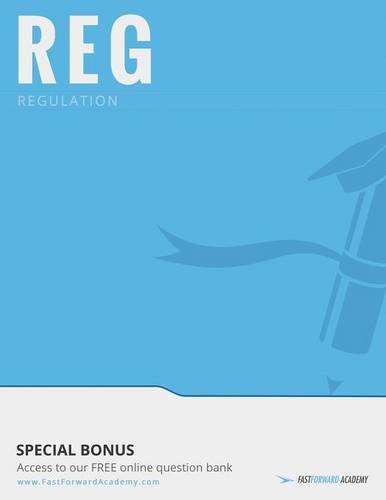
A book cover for CPA Exam Course, REG 2015; Business & Money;